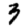
Digit: 3